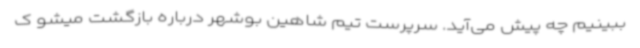
ببینیم چه پیش می‌آید. سرپرست تیم شاهین بوشهر درباره بازگشت میشو ک